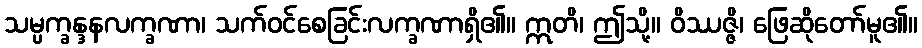
သမ္ပက္ခန္ဒနလက္ခဏာ၊ သက်ဝင်စေခြင်းလက္ခဏာရှိ၏။ ဣတိ၊ ဤသို့။ ဝိဿဇ္ဇိ၊ ဖြေဆိုတော်မူ၏။